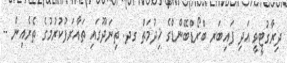
ދިރާގުޓީވީ އަދި ފައިބަރ ބްރޯޑްބޭންޑްގެ ޚިދުމަތް ގދ. ތިނަދޫގައި ތައާރަފުކުރުމުގެ ތެރެއިން --